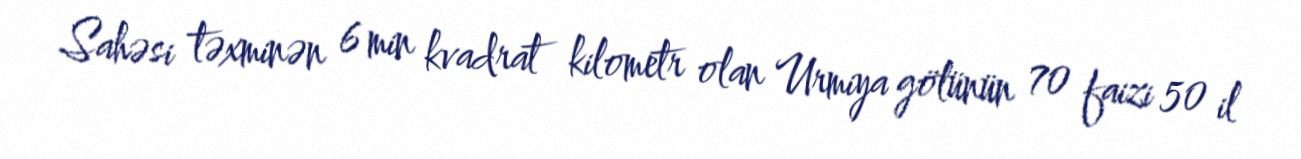
Sahəsi təxminən 6 min kvadrat kilometr olan Urmiya gölünün 70 faizi 50 il